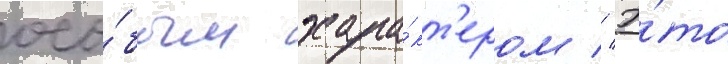
осо́бым хара́кт'ером // Э́то